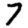
Digit: 7